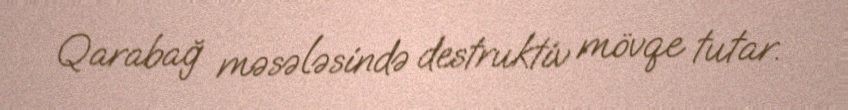
Qarabağ məsələsində destruktiv mövqe tutar.